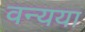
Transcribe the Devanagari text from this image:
वन्यया